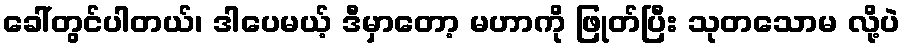
ခေါ်တွင်ပါတယ်၊ ဒါပေမယ့် ဒီမှာတော့ မဟာကို ဖြုတ်ပြီး သုတသောမ လို့ပဲ